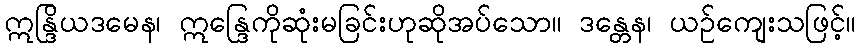
ဣန္ဒြိယဒမေန၊ ဣန္ဒြေကိုဆုံးမခြင်းဟုဆိုအပ်သော။ ဒန္တေန၊ ယဉ်ကျေးသဖြင့်။